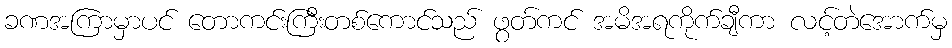
ခဏအကြာမှာပင် တောကင်းကြီးတစ်ကောင်သည် ဖွတ်ကင် အမိအရကိုက်ချီကာ လင့်တဲအောက်မှ